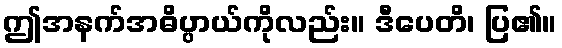
ဤအနက်အဓိပ္ပာယ်ကိုလည်း။ ဒီပေတိ၊ ပြ၏။